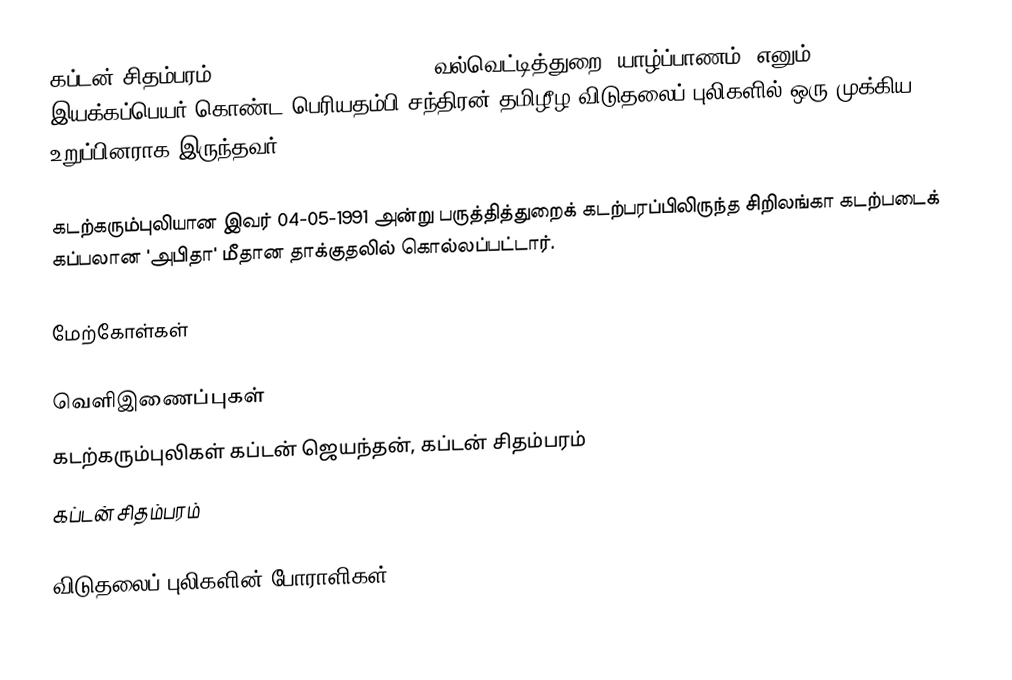
கப்டன் சிதம்பரம் (26/12/1972 - 04/05/1991; வல்வெட்டித்துறை, யாழ்ப்பாணம்) எனும் இயக்கப்பெயர் கொண்ட பெரியதம்பி சந்திரன் தமிழீழ விடுதலைப் புலிகளில் ஒரு முக்கிய உறுப்பினராக இருந்தவர்.

கடற்கரும்புலியான இவர் 04-05-1991 அன்று பருத்தித்துறைக் கடற்பரப்பிலிருந்த சிறிலங்கா கடற்படைக் கப்பலான 'அபிதா' மீதான தாக்குதலில் கொல்லப்பட்டார்.

மேற்கோள்கள்

வெளிஇணைப்புகள்
 கடற்கரும்புலிகள் கப்டன் ஜெயந்தன், கப்டன் சிதம்பரம்
 கப்டன் சிதம்பரம்

விடுதலைப் புலிகளின் போராளிகள்